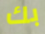
بك